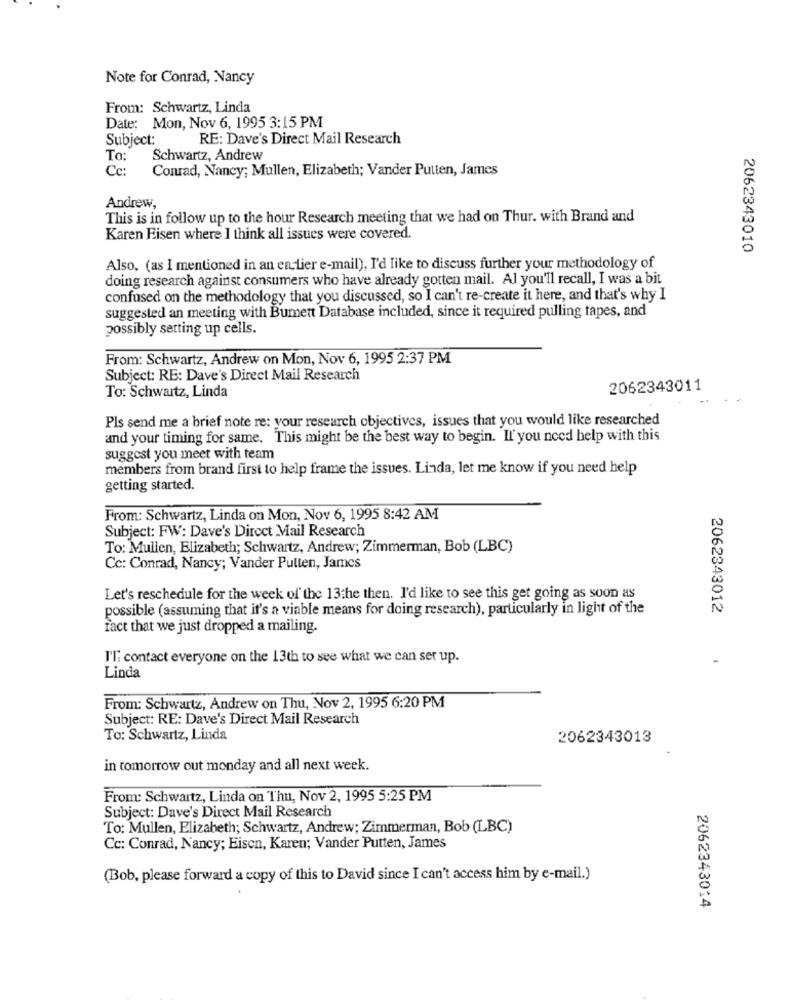
Note for Conrad, Nancy
From: Schwartz, Linda
Date: Mon, Nov 6, 1995 3:15 PM
Subject:
RE: Dave's Direct Mail Research
To:
Schwartz, Andrew
Cc:
Conrad, Nancy; Mullen, Elizabeth; Vander Putten, James
Andrew,
This is in follow up to the hour Research meeting that we had on Thur. with Brand and
Karen Eisen where I think all issues were covered.
2062343010
Also, (as I mentioned in an earlier e-mail), I'd like to discuss further your methodology of
doing research against consumers who have already gotten mail. Al you'll recall, I was a bit
confused on the methodology that you discussed, so I can't re-create it here, and that's why I
suggested an meeting with Bumett Database included, since it required pulling tapes, and
possibly setting up cells.
From: Schwartz, Andrew on Mon, Nov 6, 1995 2:37 PM
Subject: RE: Dave's Direct Mail Research
To: Schwartz, Linda
2062343011
Pls send me a brief note re: your research objectives, issues that you would like researched
and your timing for same. This might be the best way to begin. If you need help with this
suggest you meet with team
members from brand first to help frame the issues. Linda, let me know if you need help
getting started.
From: Schwartz, Linda on Mon, Nov 6, 1995 8:42 AM
Subject: FW: Dave's Direct Mail Research
To: Mullen, Elizabeth; Schwartz, Andrew; Zimmerman, Bob (LBC)
Cc: Conrad, Nancy; Vander Putten, James
Let's reschedule for the week of the 13the then. I'd like to see this get going as soon as
possible (assuming that it's a viable means for doing research), particularly in light of the
2062343012
fact that we just dropped a mailing.
I'l: contact everyone on the 13th to see what we can set up.
Linda
From: Schwartz, Andrew on Thu, Nov 2, 1995 6:20 PM
Subject: RE: Dave's Direct Mail Research
To: Schwartz, Linda
2062343013
in tomorrow out monday and all next week.
From: Schwartz, Linda on Thu, Nov 2, 1995 5:25 PM
Subject: Dave's Direct Mail Research
To: Mullen, Elizabeth; Schwartz, Andrew; Zimmerman, Bob (LBC)
Cc: Conrad, Nancy; Eisen, Karen; Vander Putten, James
(Bob, please forward a copy of this to David since I can't access him by e-mail.)
2062343014